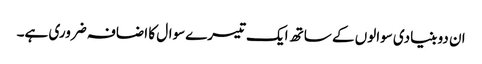
ان دو بنیادی سوالوں کے ساتھ ایک تیسرےسوال کا اضافہ ضروری ہے۔